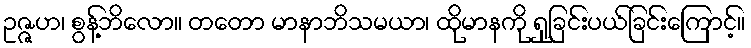
ဥဇ္ဇဟ၊ စွန့်ဘိလော။ တတော မာနာဘိသမယာ၊ ထိုမာနကို ရှုခြင်းပယ်ခြင်းကြောင့်။